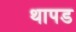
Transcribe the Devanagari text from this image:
थापड